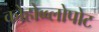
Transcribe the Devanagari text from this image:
कोहोब्ब्लोपोट